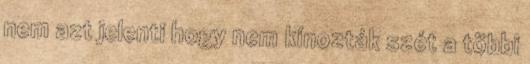
nem azt jelenti hogy nem kínozták szét a többi